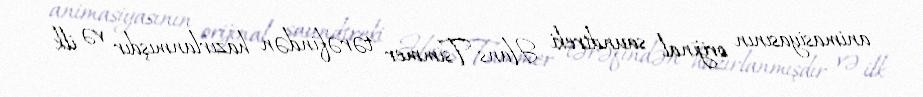
animasiyasının orijinal saundtreki Hans Tsimmer tərəfindən hazırlanmışdır və ilk